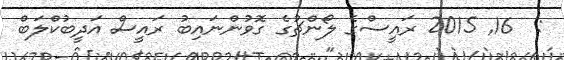
:  16